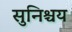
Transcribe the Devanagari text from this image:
सुनिश्चय